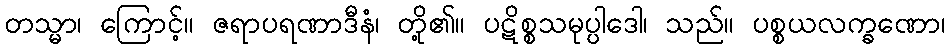
တသ္မာ၊ ကြောင့်။ ဇရာပရဏာဒီနံ၊ တို့၏။ ပဋိစ္စသမုပ္ပါဒေါ၊ သည်။ ပစ္စယလက္ခဏော၊